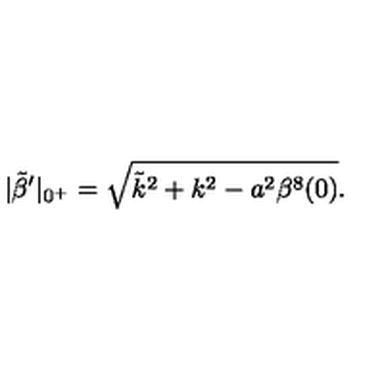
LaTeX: | \tilde { \beta } ^ { \prime } | _ { 0 ^ { + } } = \sqrt { \tilde { k } ^ { 2 } + k ^ { 2 } - a ^ { 2 } \beta ^ { 8 } ( 0 ) } .